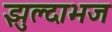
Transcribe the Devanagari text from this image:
झुल्दाभज